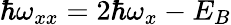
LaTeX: \hbar\omega_{xx}=2\hbar\omega_{x}-E_{B}